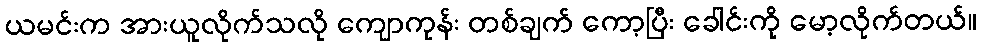
ယမင်းက အားယူလိုက်သလို ကျောကုန်း တစ်ချက် ကော့ပြီး ခေါင်းကို မော့လိုက်တယ်။